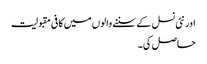
اور نئی نسل کے سننے والوں میں کافی مقبولیت
حاصل کی۔